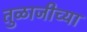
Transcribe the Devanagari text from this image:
तुळाजीच्या